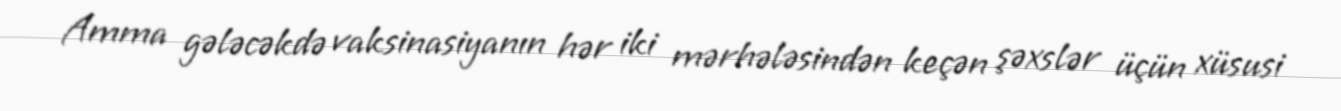
Amma gələcəkdə vaksinasiyanın hər iki mərhələsindən keçən şəxslər üçün xüsusi